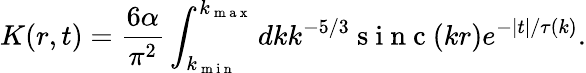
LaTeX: K(r,t)=\frac{6\alpha}{\pi^{2}}\int_{k_{\mathrm{~m~i~n~}}}^{k_{\mathrm{~m~a~x~}}}dkk^{-5/3}\mathrm{~s~i~n~c~}(kr)e^{-|t|/\tau(k)}.